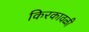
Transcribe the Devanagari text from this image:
किरकावळी